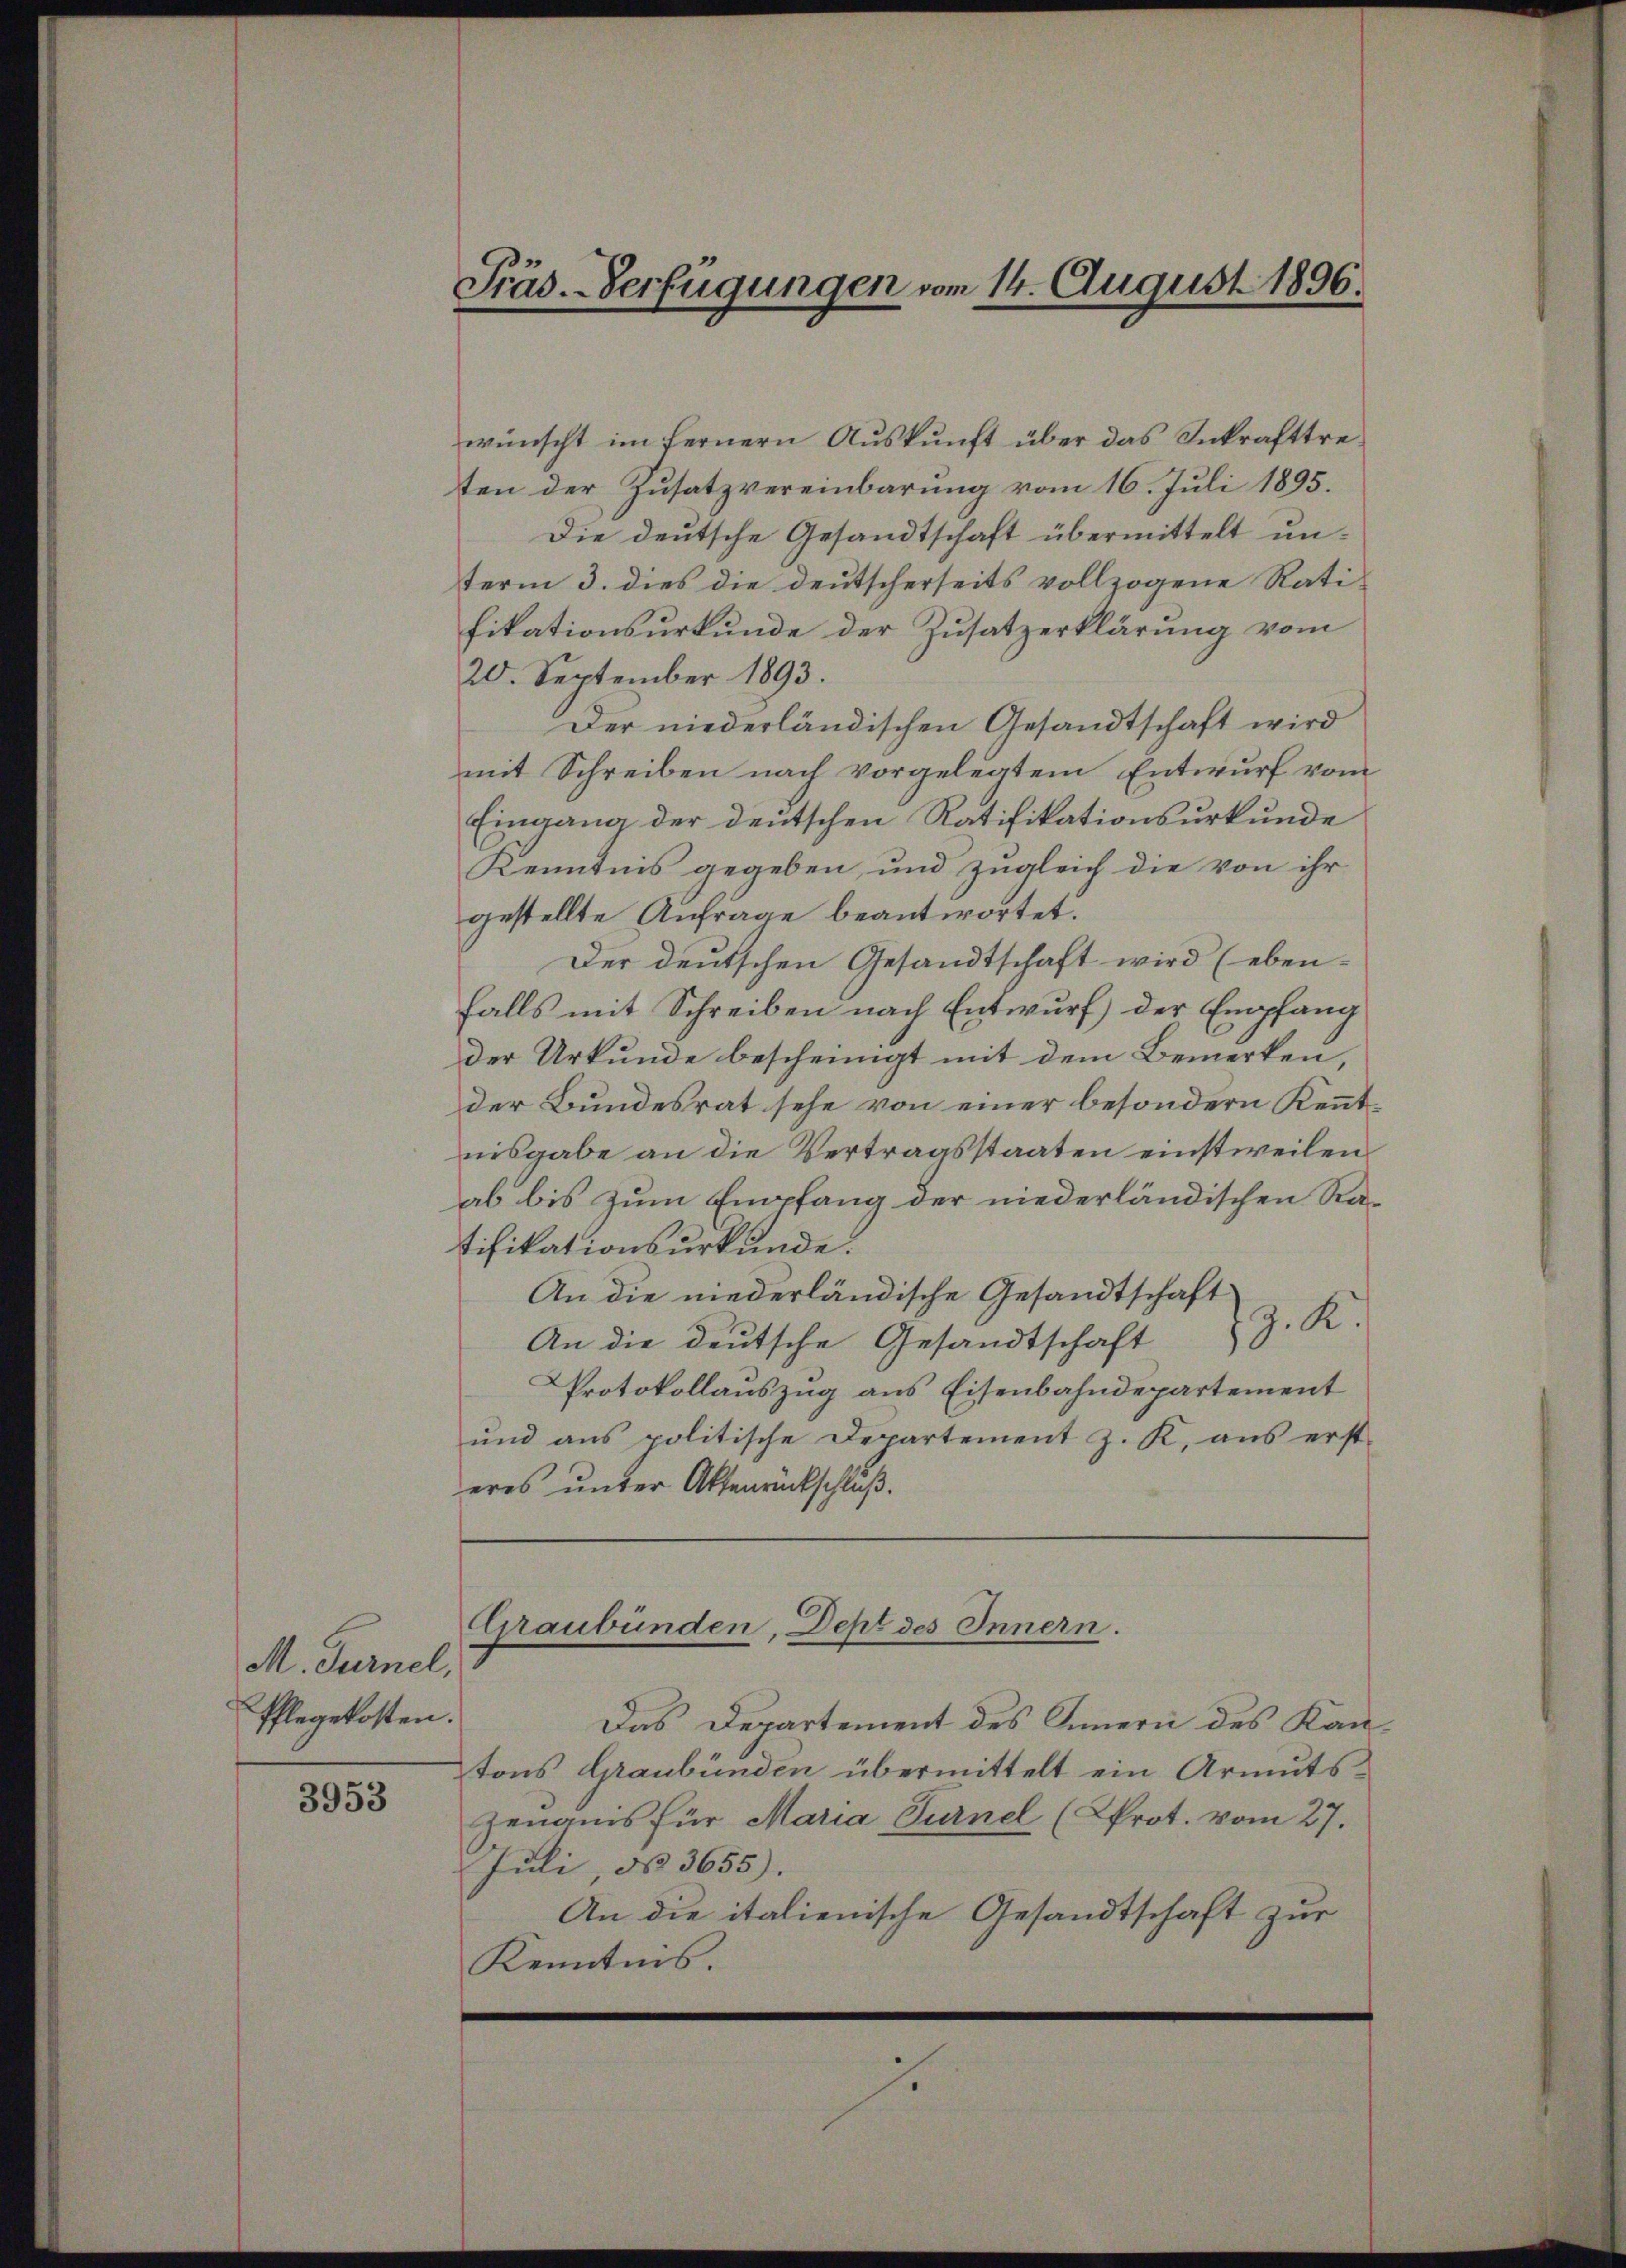
M. Turnel,
Pflegekosten.

3953

Präs.-Verfügungen vom 14. August 1896.

wünscht im fernern Auskunft über das Inkrafttreten der Zusatzvereinbarung vom 16. Juli 1895.
Die deutsche Gesandtschaft übermittelt unterm 3. dies die deutscherseits vollzogene Ratifikationsurkunde der Zusatzerklärung vom
20. September 1893.
Der niederländischen Gesandtschaft wird
mit Schreiben nach vorgelegtem Entwurf vom
Eingang der deutschen Ratifikationsurkunde
Kenntnis gegeben, und zugleich die von ihr
gestellte Anfrage beantwortet.
Der deutschen Gesandtschaft wird (eben-
falls mit Schreiben nach Entwurf der Empfang
der Urkunde bescheinigt mit dem Bemerken,
der Bundesrat sehe von einer besondern Kenntnisgabe an die Vertragsstaaten einstweilen
ab bis zum Empfang der niederländischen Ratifikationsurkunde.
An die niederländische Gesandtschaft
Z. K.
An die deutsche Gesandtschaft
Protokollauszug aus Eisenbahndepartement
ŭnd ans politische Departement J. K. aŭs erst
eres unter Aktenrückschluß.
Graubünden, Dept des Innern.
Das Departement des Innern des Kantons Graubünden übermittelt ein Armuts-
zenams für Maria Turnel (Prot. vom 27.
Juli, No 3655).
An die italienische Gesandtschaft zur
Kenntnis.

s